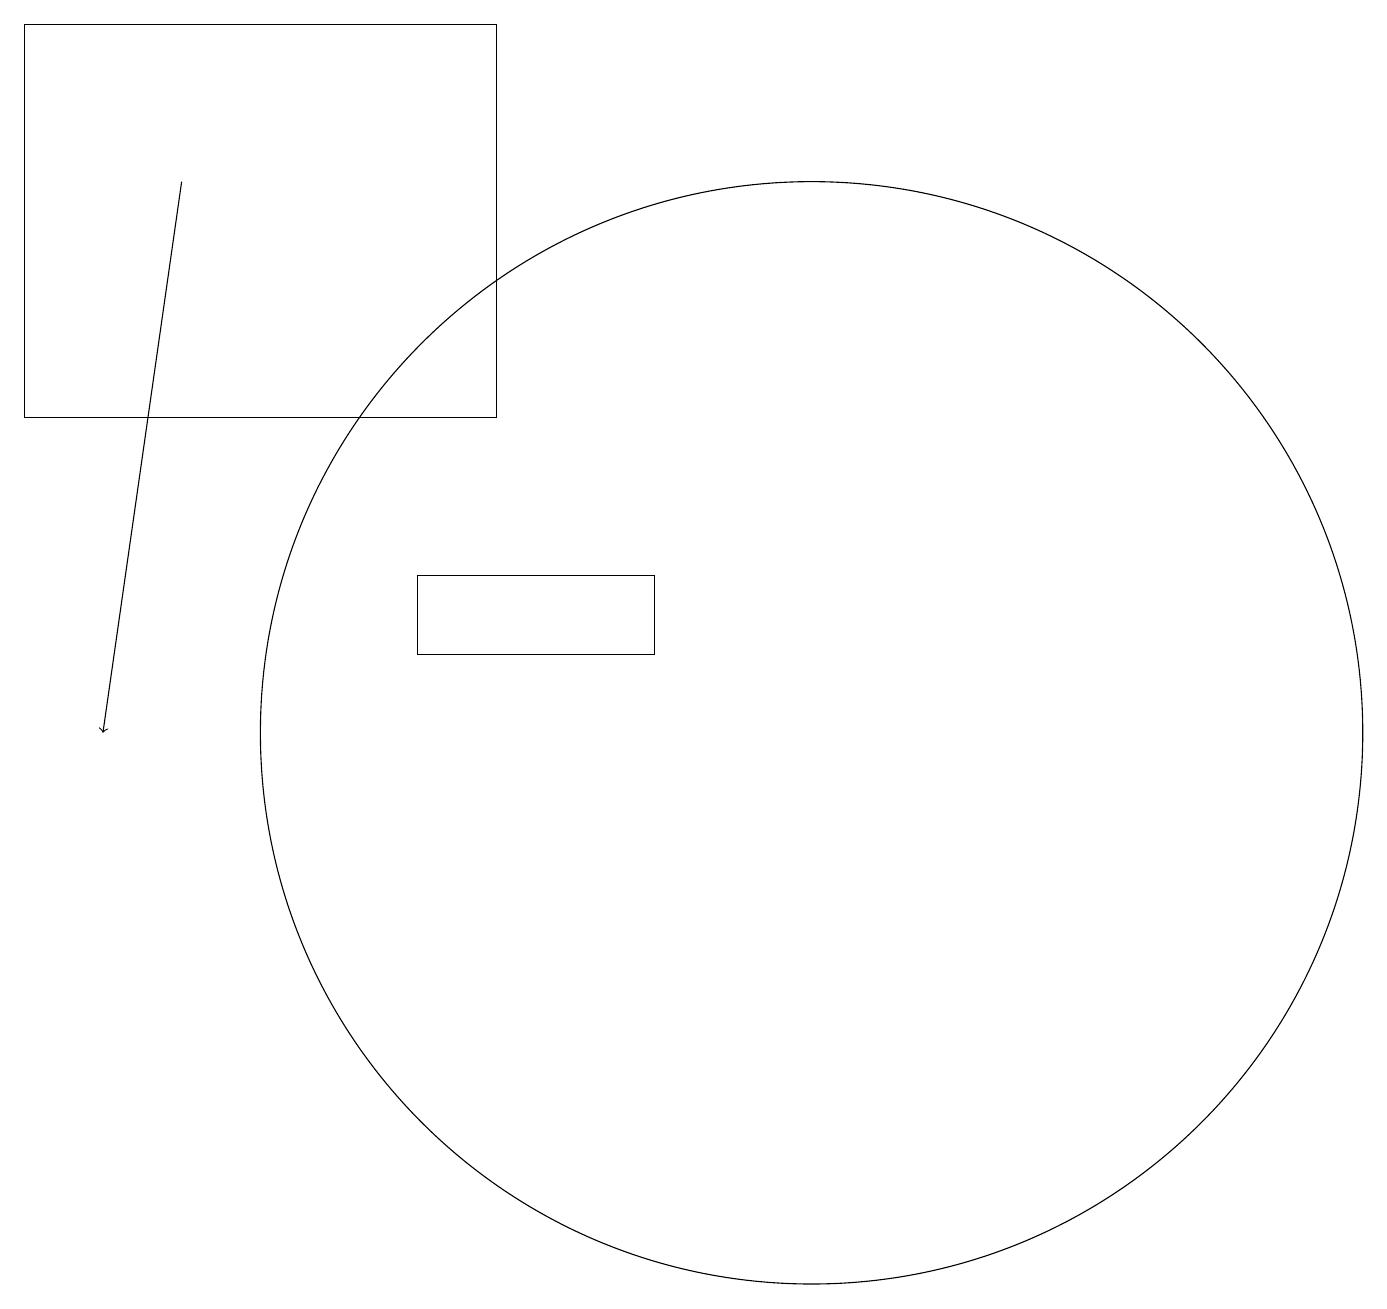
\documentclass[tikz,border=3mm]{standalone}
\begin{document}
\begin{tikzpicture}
\draw (0,14) rectangle (6,19);
\draw[->] (2,17) -- (1,10);
\draw (8,11) rectangle (5,12);
\draw (10,10) circle (7);
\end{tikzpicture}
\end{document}